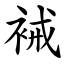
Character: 裓